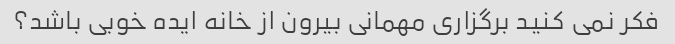
فکر نمی کنید برگزاری مهمانی بیرون از خانه ایده خوبی باشد؟